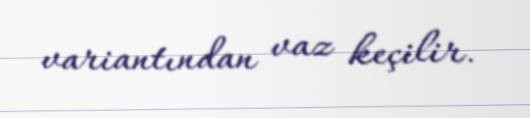
variantından vaz keçilir.